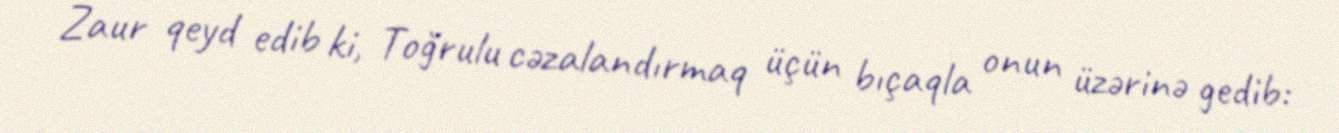
Zaur qeyd edib ki, Toğrulu cəzalandırmaq üçün bıçaqla onun üzərinə gedib: